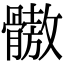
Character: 𩪕